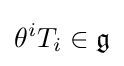
\theta ^{i}T_{i}\in {\mathfrak {g}}